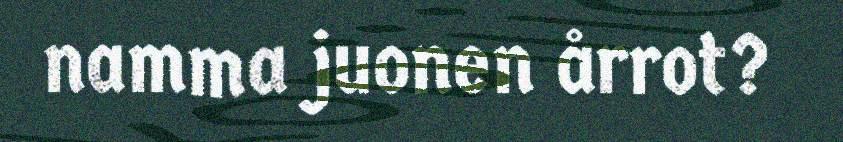
namma juonen årrot?